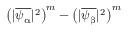
\left( | \overline { { \psi _ { \upalpha } } } | ^ { 2 } \right) ^ { m } - \left( | \overline { { \psi _ { \upbeta } } } | ^ { 2 } \right) ^ { m }